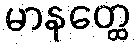
မာနတ္ထေ